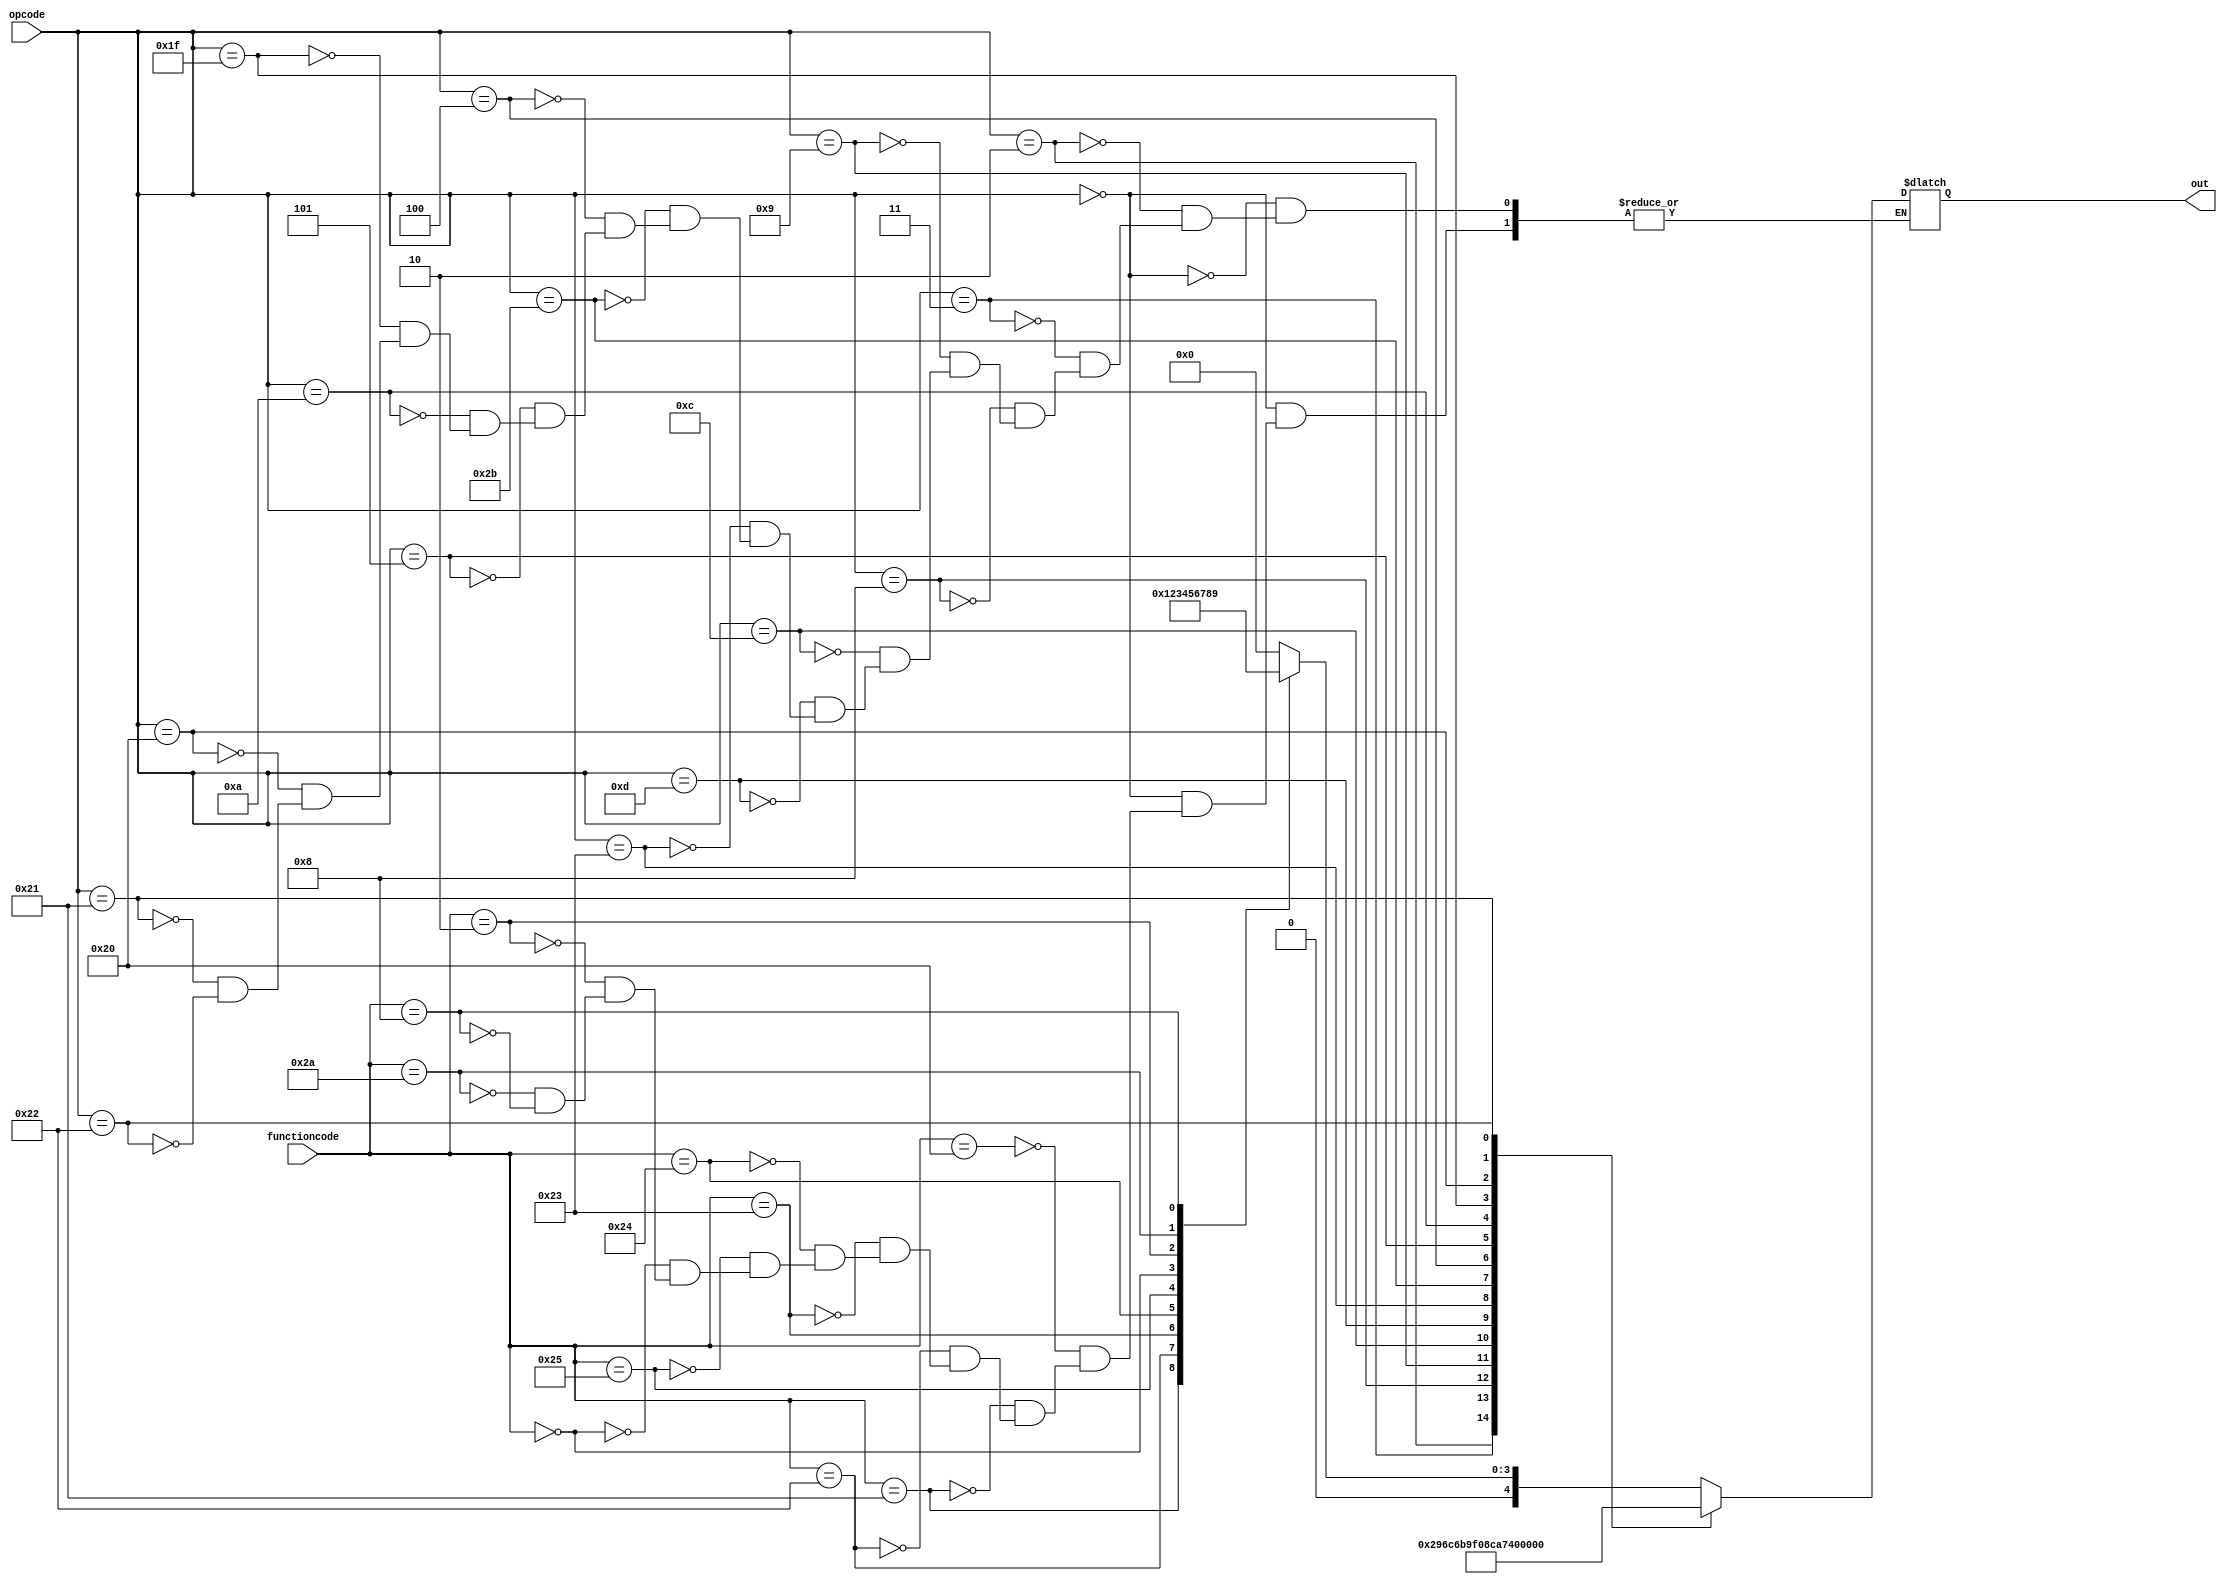
module datapath (out, opcode, functioncode);

input [5:0] opcode, functioncode;
output reg[4:0] out;


always@* begin
//Since we have 25 operations, we are using 5 bit value to tell the cpu , which submodules to be used for further processing. 
//For this, we are assigning a unique value to each type of operations.
case (opcode)

6'b000000: begin
    case (functioncode)
    32: out = 5'b00000;  //add
    33: out = 5'b00001;  //addu
    34: out = 5'b00010; //sub
    35: out = 5'b00011; //subu
    36: out = 5'b00100; //and
    37: out = 5'b00101; //or
    0: out = 5'b00110; //sll
    2: out = 5'b00111; //srl
    42:out = 5'b01000; //slt
    8: out = 5'b01001; //jr

    endcase
end

6'b000010: out=5'b01010; //j (jump)
6'b000011: out=5'b01011; //jal
6'b001000: out=5'b01100; //addi
6'b001001: out=5'b01101; //addiu
6'b001100: out=5'b01110; //ori                
6'b001101: out=5'b01111; //andi   
6'b100011: out=5'b10000; //lw
6'b101011: out=5'b10001; //sw
6'b000100: out=5'b10010; //beq
6'b000101: out=5'b10011; //bne
6'b001010: out=5'b10100; //slti
6'b011111: out=5'b10101; //bgt
6'b100000: out=5'b10110; //bgte
6'b100001: out=5'b10111; //ble
6'b100010: out=5'b11000; //bleq
endcase
end
    
endmodule